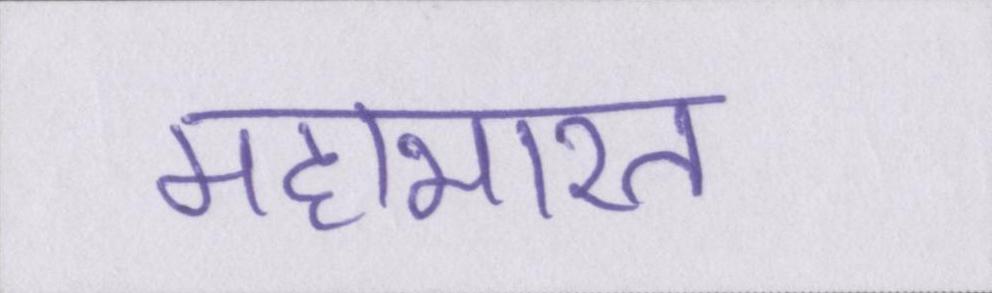
महाभारत